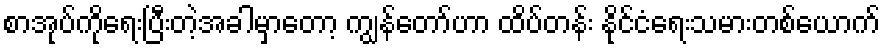
စာအုပ်ကိုရေးပြီးတဲ့အခါမှာတော့ ကျွန်တော်ဟာ ထိပ်တန်း နိုင်ငံရေးသမားတစ်ယောက်